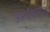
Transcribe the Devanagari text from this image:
उपन्यासजगत्